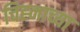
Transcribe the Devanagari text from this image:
चिह्नाच्या